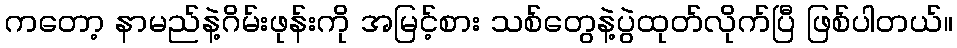
ကတော့ နာမည်နဲ့ဂိမ်းဖုန်းကို အမြင့်စား သစ်တွေနဲ့ပွဲထုတ်လိုက်ပြီ ဖြစ်ပါတယ်။